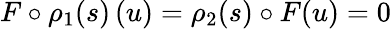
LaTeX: F\circ\rho_{1}(s)\, (u)=\rho_{2}(s)\circ F(u)=0